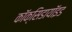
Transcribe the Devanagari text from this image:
कॉक्सिडायॉइड